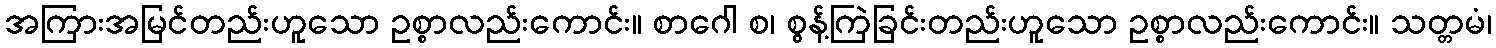
အကြားအမြင်တည်းဟူသော ဥစ္စာလည်းကောင်း။ စာဂေါ စ၊ စွန့်ကြဲခြင်းတည်းဟူသော ဥစ္စာလည်းကောင်း။ သတ္တမံ၊